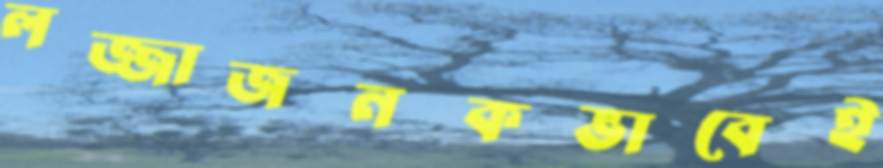
লজ্জাজনকভাবেই